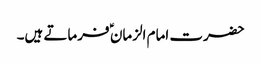
حضرت امام الزمان ؑ فرماتے ہیں۔